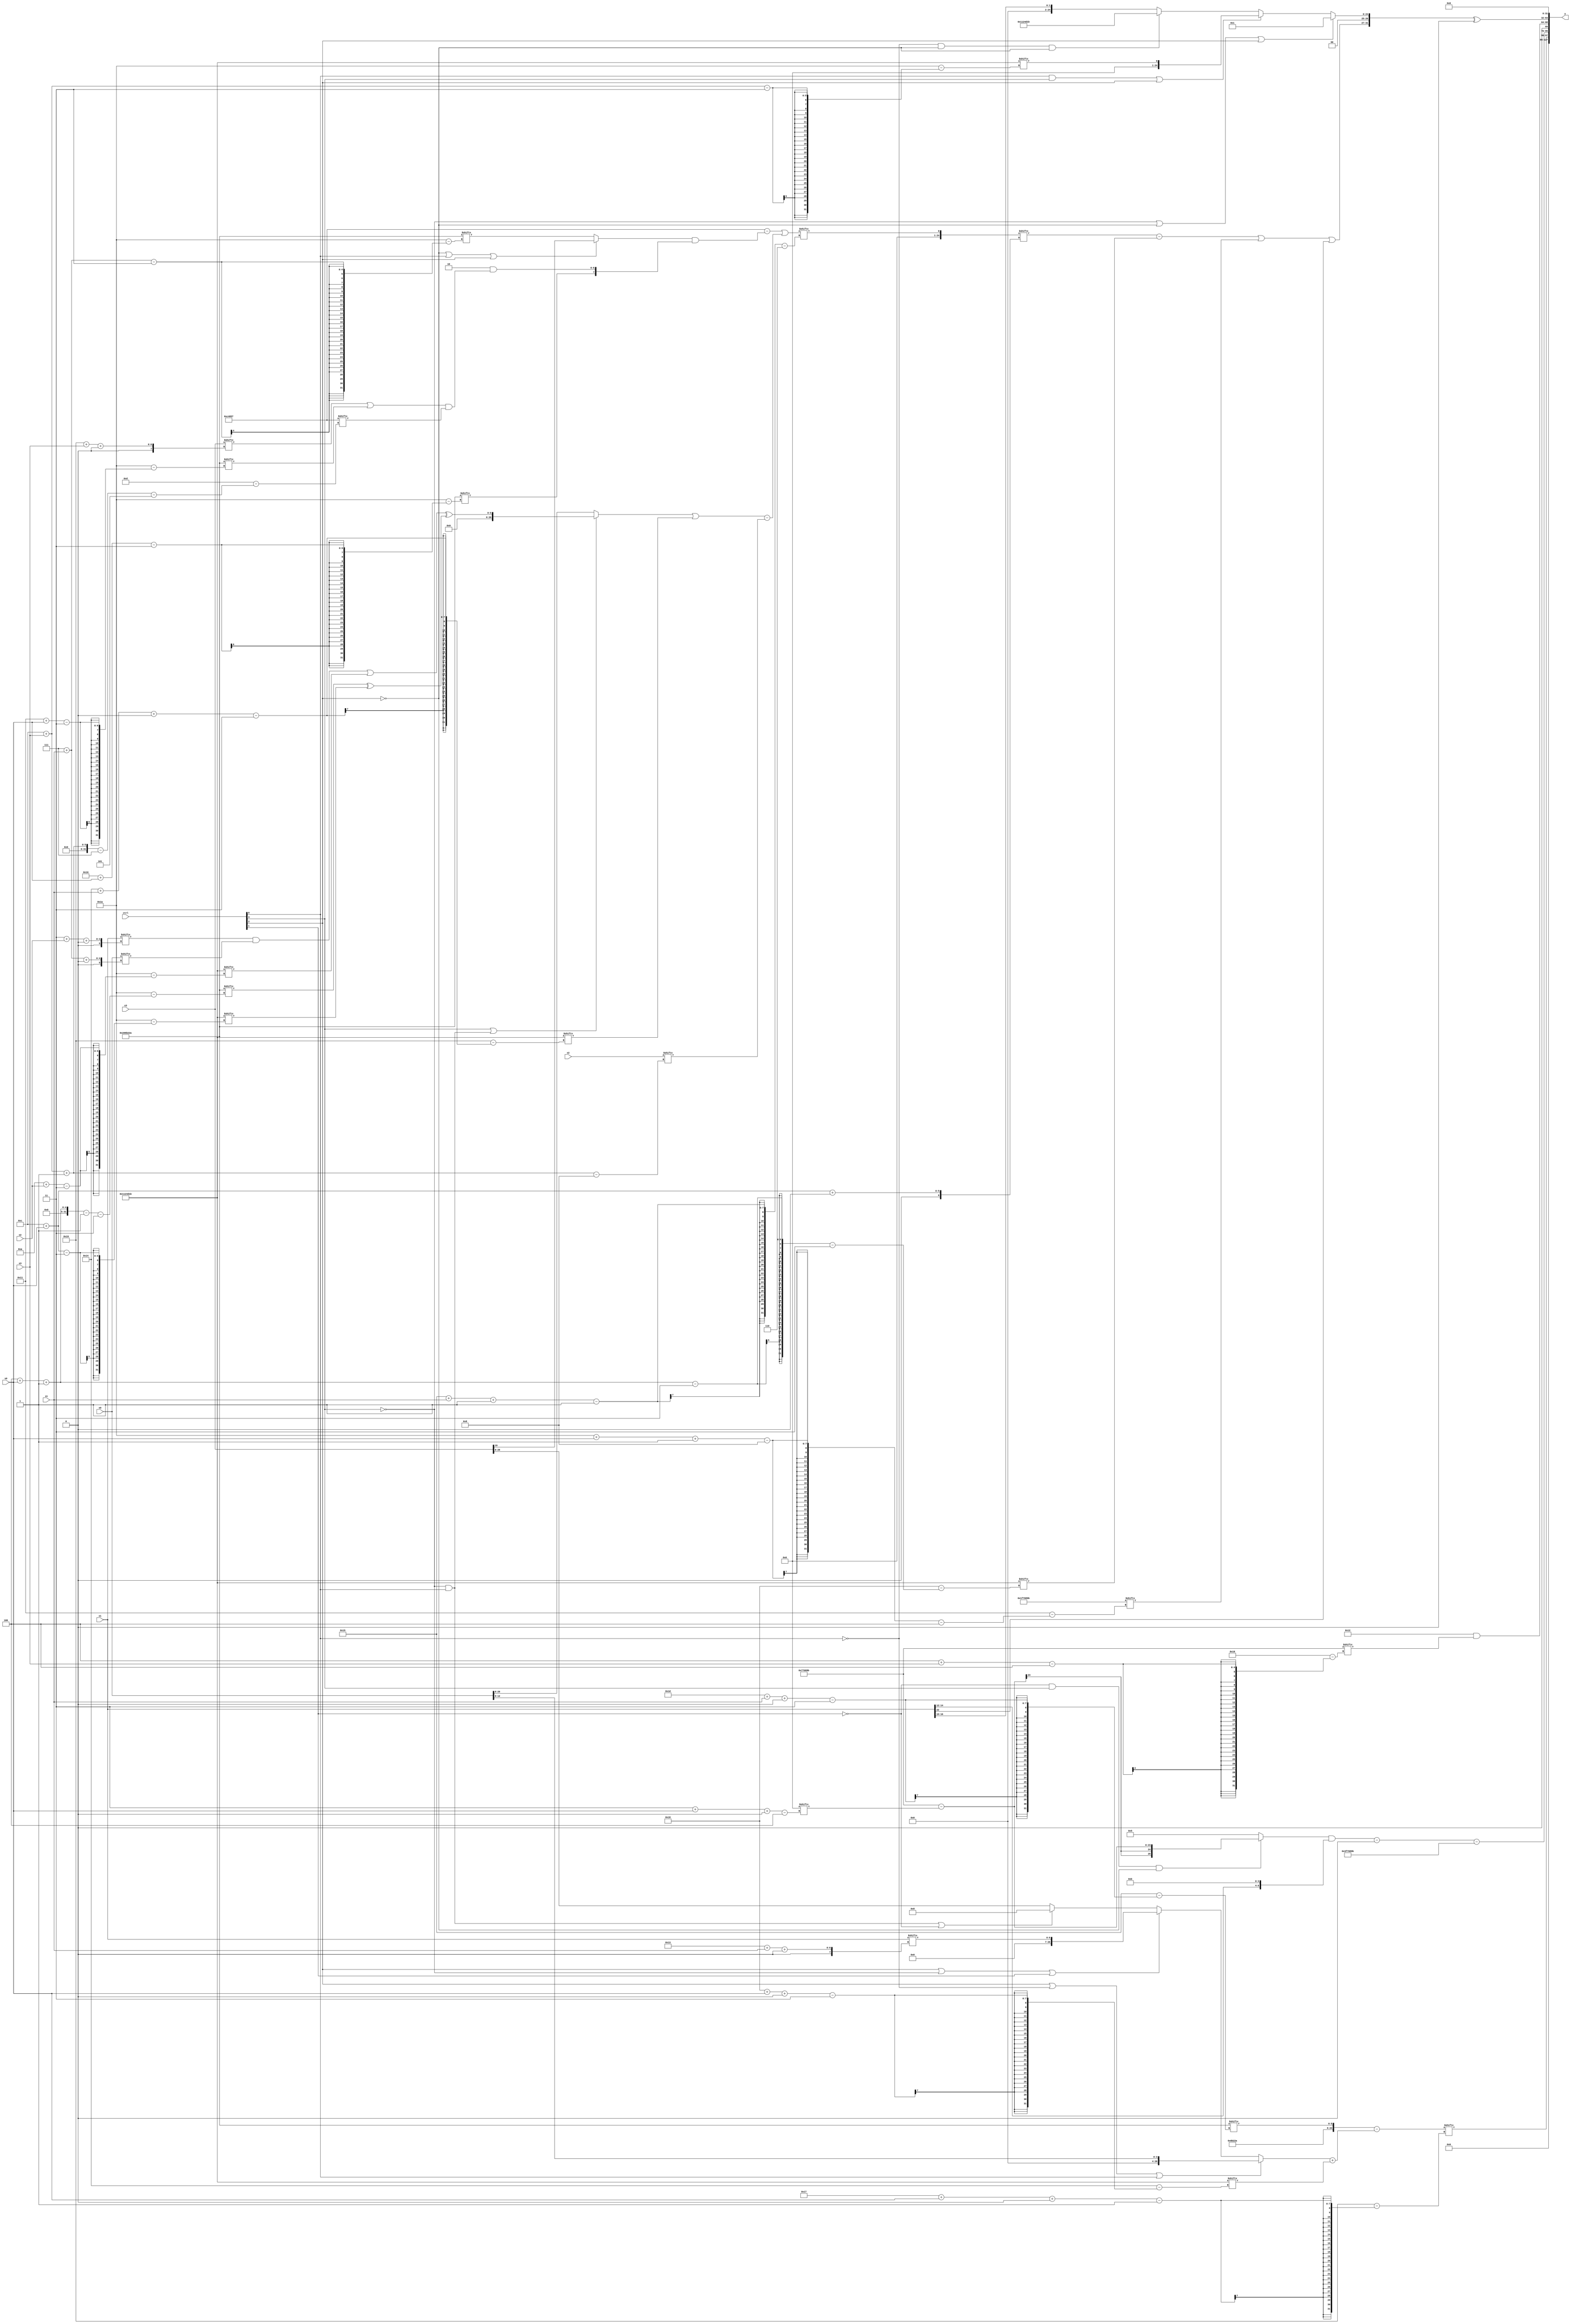
module partsel_00122(ctrl, s0, s1, s2, s3, x0, x1, x2, x3, y);
  input [3:0] ctrl;
  input [2:0] s0;
  input [2:0] s1;
  input [2:0] s2;
  input [2:0] s3;
  input signed [31:0] x0;
  input signed [31:0] x1;
  input signed [31:0] x2;
  input signed [31:0] x3;
  wire signed [26:6] x4;
  wire signed [4:28] x5;
  wire signed [1:27] x6;
  wire signed [24:0] x7;
  wire signed [0:26] x8;
  wire [31:1] x9;
  wire signed [3:27] x10;
  wire [28:4] x11;
  wire signed [27:4] x12;
  wire signed [2:31] x13;
  wire signed [27:4] x14;
  wire [5:29] x15;
  output [127:0] y;
  wire [31:0] y0;
  wire signed [31:0] y1;
  wire [31:0] y2;
  wire signed [31:0] y3;
  assign y = {y0,y1,y2,y3};
  localparam signed [3:29] p0 = 957500699;
  localparam [5:24] p1 = 227295319;
  localparam signed [4:26] p2 = 142018715;
  localparam [3:29] p3 = 705081898;
  assign x4 = ((p1 - ((!ctrl[2] || ctrl[0] || ctrl[2] ? x3[19 +: 1] : p3[7 + s1]) & {p3[16 + s0], (p3[13 +: 3] & ((x3[25 + s3 +: 1] | p3[17 + s0]) & p1[12 + s3 -: 7]))})) | (((ctrl[3] || !ctrl[3] && ctrl[0] ? (((x1[3 + s2 +: 1] & x0[7 + s1 +: 6]) | p0[10 + s2]) ^ (p3[4 + s0 -: 1] ^ p0[12 + s0])) : x0) | p0[20 + s1 +: 2]) - x2[12 + s3 -: 8]));
  assign x5 = p2;
  assign x6 = ({p3, p3[29 + s1 +: 6]} - ((ctrl[2] || !ctrl[0] || ctrl[0] ? x0[12 -: 4] : (ctrl[2] || !ctrl[3] || ctrl[1] ? x1[19 + s1 +: 7] : (!ctrl[3] && ctrl[0] || !ctrl[1] ? p1[13 -: 4] : x3))) + p0[24 + s0 +: 7]));
  assign x7 = x4[21 + s1 -: 1];
  assign x8 = ({2{(((ctrl[0] || ctrl[3] && ctrl[0] ? x4[12 + s1] : p1) - (p2[12 + s3 -: 6] + x5[20 -: 1])) ^ x1)}} - (((p1[10 +: 2] | x1[14 +: 3]) | p2[15 +: 4]) | ({2{{p1[19], x5[17 + s1]}}} & p3)));
  assign x9 = {2{(x5[10 + s1] | p3[3 + s3 -: 3])}};
  assign x10 = p3[18 -: 2];
  assign x11 = (x8 + (!ctrl[0] && !ctrl[0] || !ctrl[3] ? x10[13 +: 2] : x8[12 -: 1]));
  assign x12 = p3[19 -: 2];
  assign x13 = (!ctrl[0] && !ctrl[1] || ctrl[2] ? (!ctrl[3] && ctrl[2] && ctrl[0] ? {x11, (((x7[10 +: 2] | p0[16 +: 4]) + (x8 | p2[2 + s0 -: 3])) | (p3 ^ (x9[17 + s1 -: 1] + x10[23])))} : (((ctrl[3] && ctrl[1] || !ctrl[1] ? x8[2 + s2 +: 8] : ((p2 - x11) | (x10 & x9[0 + s1 +: 2]))) & x1[16 -: 1]) ^ {{2{x4[15 -: 1]}}, (x8[16 + s3] + p0[15 -: 2])})) : x5[12 + s2]);
  assign x14 = x11[13 +: 1];
  assign x15 = x9[13 -: 3];
  assign y0 = x6[23 + s0 +: 2];
  assign y1 = {((((!ctrl[1] && ctrl[3] && !ctrl[2] ? (p2 - x12[3 + s0 +: 1]) : p3[14 +: 3]) & {x1[12 +: 3], p1[23 -: 4]}) - (ctrl[3] || !ctrl[3] || ctrl[2] ? {2{x15}} : (p3[20 -: 3] + (p1[8 +: 4] | (x15[19 -: 2] ^ x10[14 +: 1]))))) - {2{x5}}), ({2{p1[17 +: 3]}} & p2[4 + s3])};
  assign y2 = ({(((x7[12 + s0 +: 8] - p0[4 + s0 -: 3]) | x5[26 + s0 -: 8]) | x1[22]), (!ctrl[3] || !ctrl[2] || ctrl[2] ? p1[18] : (ctrl[0] && ctrl[3] || ctrl[2] ? p0[12 + s3] : (!ctrl[0] && !ctrl[2] && !ctrl[2] ? p0 : x1[16 -: 2])))} ^ x12[18]);
  assign y3 = x12[15 -: 3];
endmodule